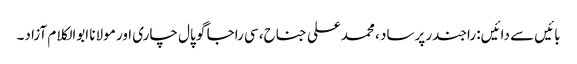
بائیں سے دائیں: راجندر پرساد ، محمدعلی جناح، سی راجا گو پال چاری اور مولانا ابوالکلام آزاد۔